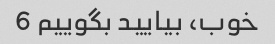
خوب، بیایید بگوییم 6